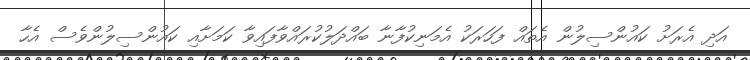
އަދި އެރަށު ކައުންސިލުން އެތައް ފަހަރަކު އެމަނިކުފާނާ ބައްދަލުކުރައްވާފައިވާ ކަމަށާއި ކައުންސިލުންވެސް އެހާ